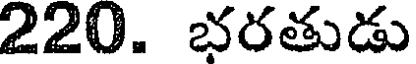
220. భరతుడు